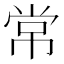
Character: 常